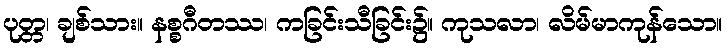
ပုတ္တ၊ ချစ်သား။ နစ္စဂီတဿ၊ ကခြင်းသီခြင်း၌။ ကုသလာ၊ လိမ်မာကုန်သော။